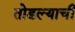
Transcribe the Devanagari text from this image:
तोडल्याची